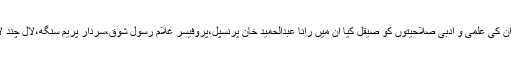
اس عرصے میں جن نامور ماہرین تعلیم نے ان کی علمی و ادبی صلاحیتوں کو صیقل کیا ان میں رانا عبدالحمید خان پرنسپل،پروفیسر غلام رسول شوق،سردار پریم سنگھ،لال چند لالہ،پروفیسر محمد احمد خان اور پروفیسر یو۔